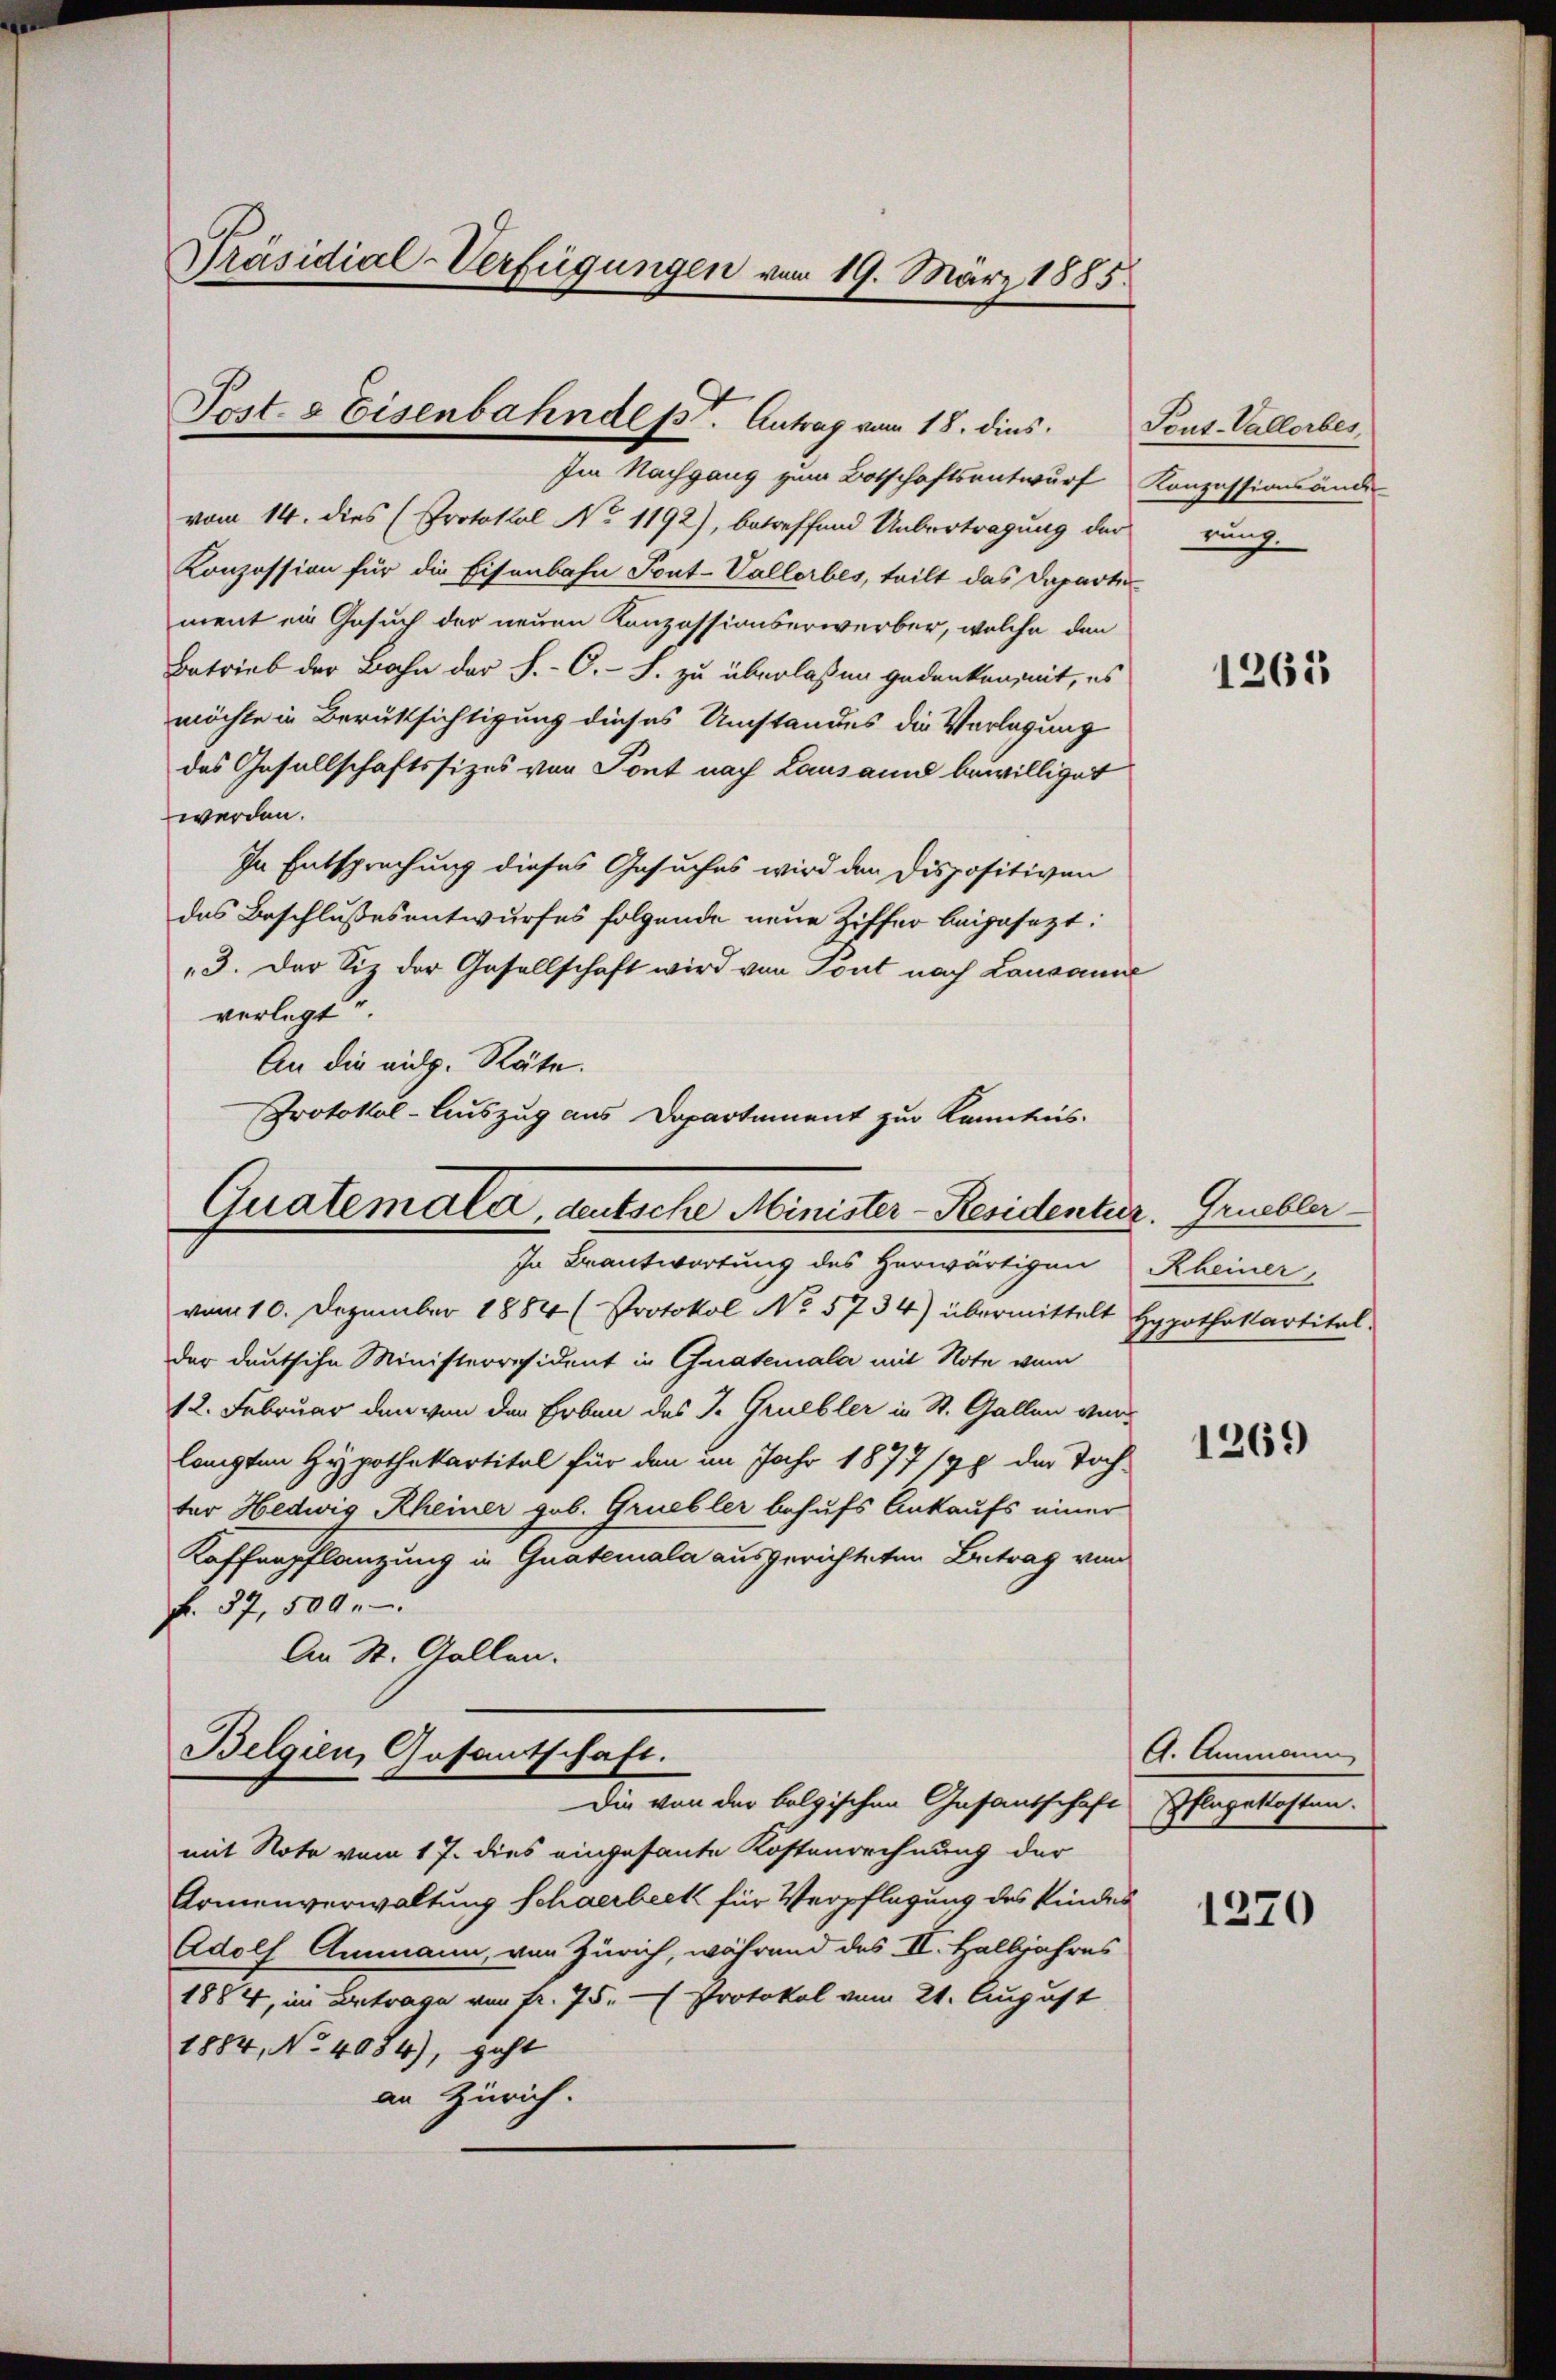
Präsidial-Verfügungen vom 19. März 1885.

Post- & Eisenbahndesst. Antrag vom 18. dies

vom 14. dies (Protokol No 1192), betreffend Uebertragung der
Konzession für die Eisenbahn Pont-Vallerbes, teilt das Daparte
ment ein Gesuch der neuen Konzessionserwerber, welche den
Betrieb der Bahn der S.-C.- S. zu überlassen gedenken, mit, es
möchte in Berüksichtigung dieses Umstandes die Verlegung
das Gesellschaftssitzes von Sont nach Lausannd bewilliget
werden.
In Entsprechung dieses Gesuches wird den Dispositiven
das Beschlußesentwurfes folgende neue Ziffer beigesezt:
3. Der Siz der Gesellschaft wird von Pont nach Lausanne
verlegt.
An die eidg. Räte.
Protokol-Auszug aus Departement zur Kenntnis-

Quatemaler, deutsche Minister-Residentur. Gruebler
In Beantwortung des herwärtigen

Belgien, Gasantschaft.
Die von der belgischen Gesantschaft Pflagekosten.

Im Nachgang zum Botschaftsentwurf Konzessionsände

vom 10. Dezember 1884 (Protokol No 5734) übermittelt Hypothekartitalder deutsche Ministerresident in Grateriala mit Note vom
12. Februar den von der Erben des J. Gruebler in St. Gallen verlangten Hypothekartitel für den im Jahr 1877/78 der Toch-
ter Hedwig Rheiner geb. Gruebler behufs Ankaufs einer
Kaffenpflanzung in Guaterala ausgerichteten Betrag von
F. 37, 500.
An St. Gallen.

mit Note vom 17. dies eingesante Kostenrechnung der
Armenverwaltung Schaerbeck für Verpflegung des Kindes
Adolf Ammann, von Zürich, während des II. Halbjahres
1884, im Betrage von fr. 75. - Protokol vom 21. August
1884, No 4084), geht
an Zürich.

Tout-Vallorbes
nung.

1265

Rheiner,

1269

A. Ammann

1270